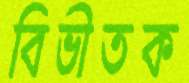
বিভীতক